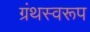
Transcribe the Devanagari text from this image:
ग्रंथस्वरूप